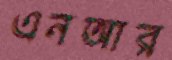
এনআর